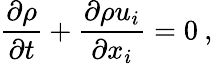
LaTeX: \frac{\partial\rho}{\partial t}+\frac{\partial\rho u_{i}}{\partial x_{i}}=0\: ,